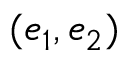
( e _ { 1 } , e _ { 2 } )